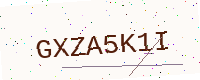
Text: GXZA5K1I